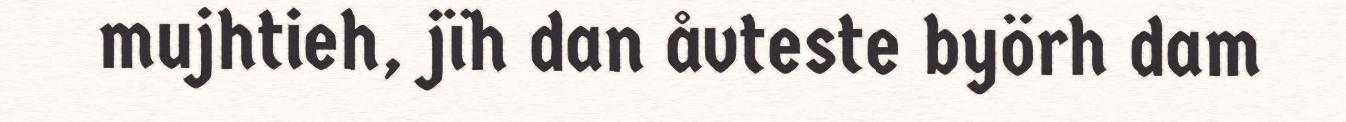
mujhtieh, jïh dan åvteste byörh dam